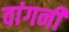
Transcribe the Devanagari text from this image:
वांगनी